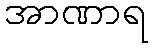
အာဏာရ